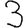
Digit: 3